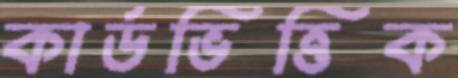
কার্ডভিত্তিক